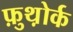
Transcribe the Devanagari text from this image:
फ़ुथ़ोर्क